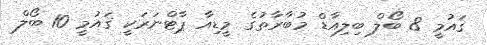
ޤައުމީ 8 ބޯލް ބިލިއާޑް މުބާރާތުގެ މީޑިއާ ޕާޓްނަރަކީ ޤައުމީ 10 ބޯލް